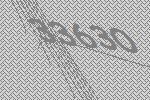
33630